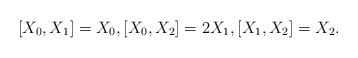
LaTeX: \begin{align*} [X_0, X_1] = X_0 , [X_0, X_2] = 2 X_1 , [X_1, X_2] = X_2 .\end{align*}